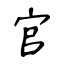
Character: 官